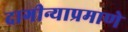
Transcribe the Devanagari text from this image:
दागीन्याप्रमाणे